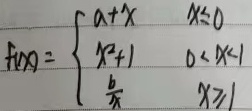
\[f(x)=\begin{cases}a + x, & x\leq0\\x^{2}+1, & 0<x<1\\\frac{b}{x}, & x\geq1\end{cases}\]